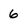
Character: 6